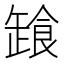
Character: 𩛒